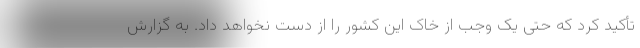
تأکید کرد که حتی یک وجب از خاک این کشور را از دست نخواهد داد. به گزارش